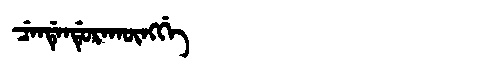
Manchu: ᠴᡝᠨᡩᡝᠨᡩᡠᡵᠠᡴᡡᠩᡤᡝ
Romanization: CENDENDURAKŪNGGE